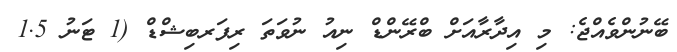
ބޭނުންވެއްޖެ: މި އިދާރާއަށް ބްރޭންޑް ނިއު ނުވަތަ ރިފަރބިޝްޑް (1 ޓަނު 1.5